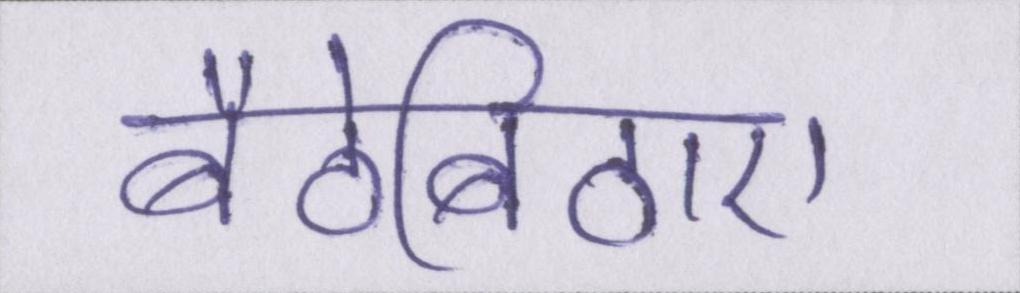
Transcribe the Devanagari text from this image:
बैठेबिठाए